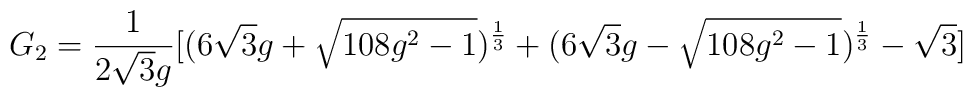
G_2=\frac{1}{2\sqrt{3}g}[(6\sqrt{3}g+\sqrt{108 g^2-1})^{\frac{1}{3}}+(6\sqrt{3}g-\sqrt{108 g^2-1})^{\frac{1}{3}}-\sqrt{3}]